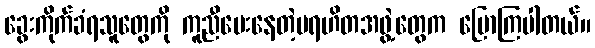
ခွေးကိုက်ခံရသူတွေကို ကူညီပေးနေတဲ့ပရဟိတအဖွဲ့တွေက ပြောကြပါတယ်။